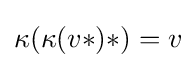
\kappa (\kappa (v*)*)=v